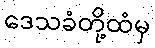
ဒေသခံတို့ထံမှ